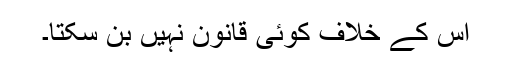
اس کے خلاف کوئی قانون نہیں بن سکتا۔